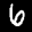
Label: 6